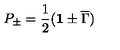
P _ { \pm } = \frac { 1 } { 2 } ( { \bf 1 } \pm { \overline { \Gamma } } )